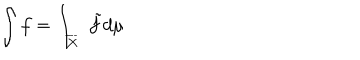
\int f = \int _ { \overline { { X } } } \, \, \tilde { f } d \mu